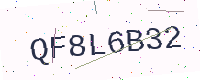
Text: QF8L6B32